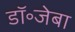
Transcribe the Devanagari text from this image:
डॉ॰जेबा